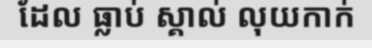
ដែល ធ្លាប់ ស្គាល់ លុយកាក់